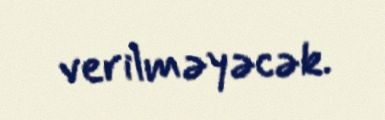
verilməyəcək.